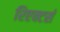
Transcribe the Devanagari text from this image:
रिएक्टर्स